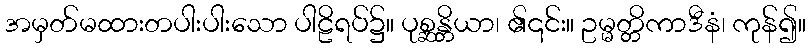
အမှတ်မထားတပါးပါးသော ပါဠိရပ်၌။ ပုစ္ဆန္တိယာ၊ ၏၎င်း။ ဥမ္မတ္တိကာဒီနံ၊ ကုန်၍။